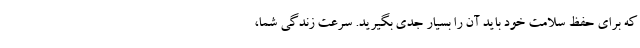
که برای حفظ سلامت خود باید آن را بسیار جدی بگیرید. سرعت زندگی شما،